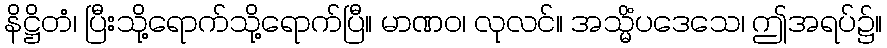
နိဋ္ဌိတံ၊ ပြီးသို့ရောက်သို့ရောက်ပြီ။ မာဏဝ၊ လုလင်။ အသ္မိံပဒေသေ၊ ဤအရပ်၌။